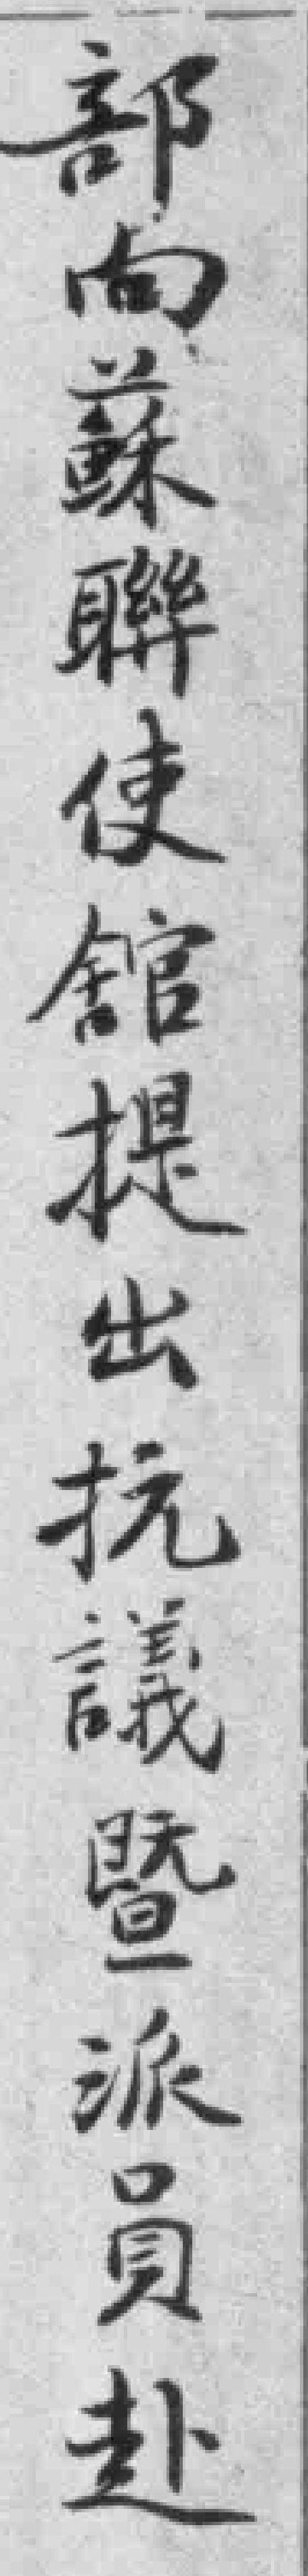
部向蘇聯使舘提出抗議暨派員赴